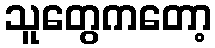
သူတွေကတော့